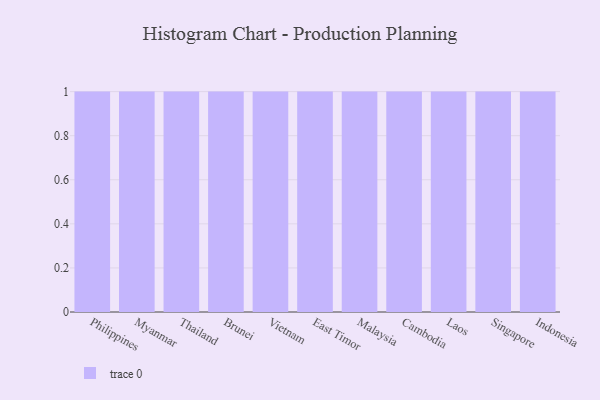
{"axis": {"x": "Country", "y": "Inventory Turnover"}, "legend": [""], "data": [{"x": "Philippines", "y": 81, "type": ""}, {"x": "Myanmar", "y": 46, "type": ""}, {"x": "Thailand", "y": 26, "type": ""}, {"x": "Brunei", "y": 78, "type": ""}, {"x": "Vietnam", "y": 99, "type": ""}, {"x": "East Timor", "y": 23, "type": ""}, {"x": "Malaysia", "y": 41, "type": ""}, {"x": "Cambodia", "y": 9, "type": ""}, {"x": "Laos", "y": 65, "type": ""}, {"x": "Singapore", "y": 17, "type": ""}, {"x": "Indonesia", "y": 94, "type": ""}]}